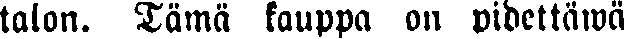
talon. Tämä kauppa on pidettäwä